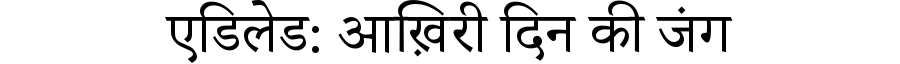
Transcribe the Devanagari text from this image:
एडिलेड: आख़िरी दिन की जंग